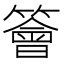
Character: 𥵊